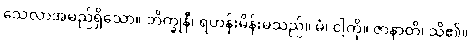
သေလာအမည်ရှိသော။ ဘိက္ခုနီ၊ ရဟန်းမိန်းမသည်။ မံ၊ ငါ့ကို။ ဇာနာတိ၊ သိ၏။